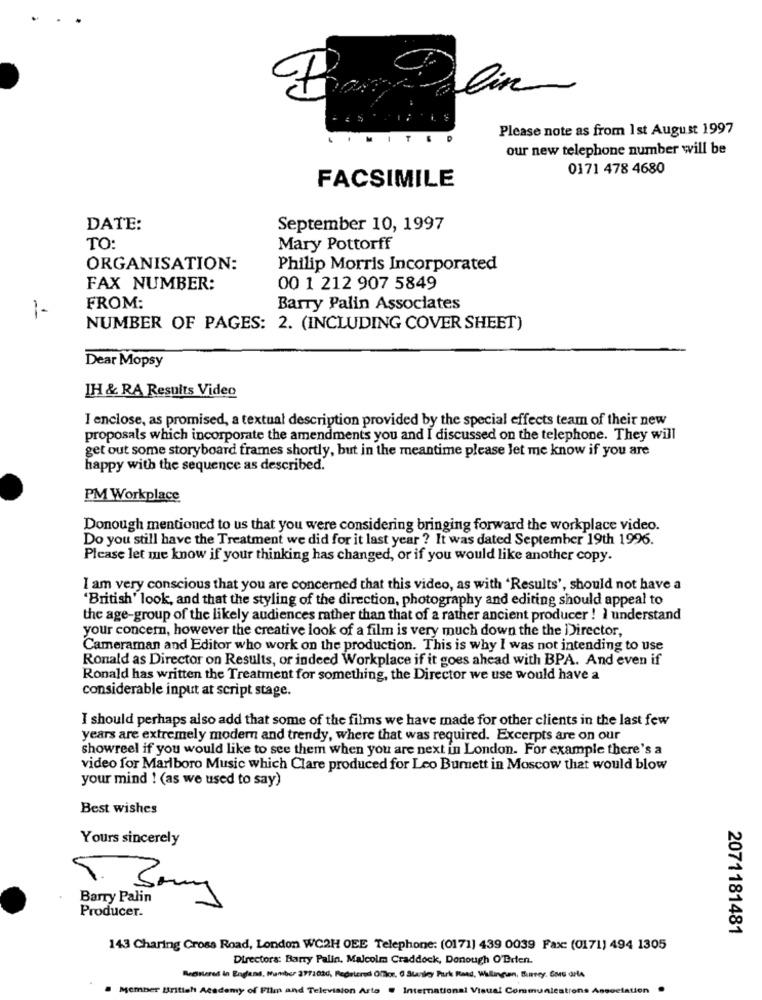
lin
Please note as from 1st August 1997
M
T
our new telephone number will be
0171 478 4680
FACSIMILE
DATE:
September 10, 1997
TO:
Mary Pottorff
ORGANISATION:
Philip Morris Incorporated
FAX NUMBER:
00 1 212 907 5849
FROM:
Barry Palin Associates
1-
NUMBER OF PAGES: 2. (INCLUDING COVER SHEET)
Dear Mopsy
IH & RA Results Video
I enclose, as promised, a textual description provided by the special effects team of their new
proposals which incorporate the amendments you and I discussed on the telephone. They will
get out some storyboard frames shortly, but in the meantime please let me know if you are
happy with the sequence as described.
PM Workplace
Donough mentioned to us that you were considering bringing forward the workplace video.
Do you still have the Treatment we did for it last year ? It was dated September 19th 1996.
Please let me know if your thinking has changed, or if you would like another copy.
I am very conscious that you are concerned that this video, as with 'Results', should not have a
'British' look, and that the styling of the direction, photography and editing should appeal to
the age-group of the likely audiences rather than that of a rather ancient producer ! I understand
your concern, however the creative look of a film is very much down the the Director,
Cameraman and Editor who work on the production. This is why I was not intending to use
Ronald as Director on Results, or indeed Workplace if it goes ahead with BPA. And even if
Ronald has written the Treatment for something, the Director we use would have a
considerable input at script stage.
I should perhaps also add that some of the films we have made for other clients in the last few
years are extremely modern and trendy, where that was required. Excerpts are on our
showreel if you would like to see them when you are next in London. For example there's a
video for Marlboro Music which Clare produced for Leo Burnett in Moscow that would blow
your mind ! (as we used to say)
Best wishes
Yours sincerely
Barry Palin
my
Producer.
2071181481
143 Charing Cross Road, London WC2H OEE Telephone: (0171) 439 0039 Fax: (0171) 494 1305
Directora: Barry Palin, Malcolm Craddock, Donough O'Brien.
Bağlılares in England, Number 3772020, Repaired Ofice, 6 Stanley Park Road, Wallington, Bunney, Gone arla
Member British Academy of Film and Television Arts . International Visual Communications Association .